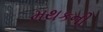
મથકની